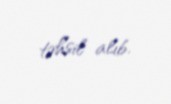
təhsil alıb.